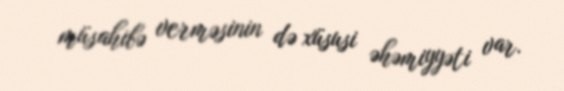
müsahibə verməsinin də xüsusi əhəmiyyəti var.